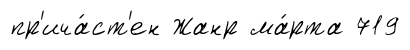
пр'ича́ст'ен Жанр ма́рта 719